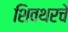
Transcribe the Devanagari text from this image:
शिवथरचे